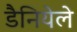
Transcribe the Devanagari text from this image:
डैनियेले